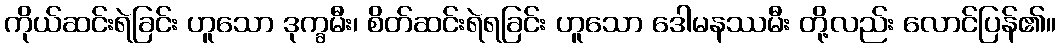
ကိုယ်ဆင်းရဲခြင်း ဟူသော ဒုက္ခမီး၊ စိတ်ဆင်းရဲရခြင်း ဟူသော ဒေါမနဿမီး တို့လည်း လောင်ပြန်၏။